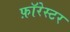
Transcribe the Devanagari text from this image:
फ़ॉरेस्टर